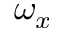
\omega _ { x }